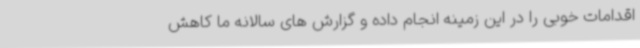
اقدامات خوبی را در این زمینه انجام داده و گزارش های سالانه ما کاهش